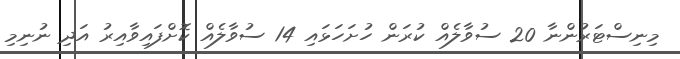
މިނިސްޓަރުންނާ 20 ސުވާލެއް ކުރަން ހުށަހަޅައި 14 ސުވާލެއް ކޮށްފައިވާއިރު އަދި ނުނިމި